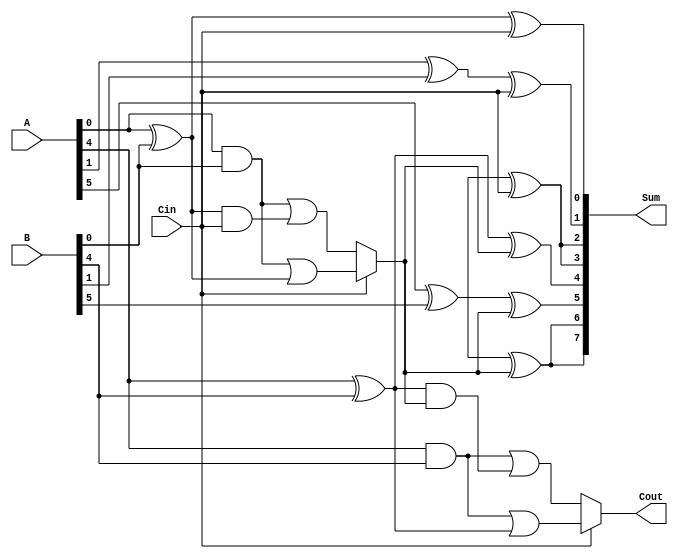
module ConditionalCarrySelectAdder #(parameter N = 8, // Total number of bits
                                      parameter K = 4  // Number of bits per segment
                                     )(
    input  [N-1:0] A,       // First operand
    input  [N-1:0] B,       // Second operand
    input         Cin,      // Carry-in
    output [N-1:0] Sum,     // Sum output
    output        Cout       // Carry-out
);

    localparam M = N / K; // Number of segments

    // Generate and propagate signals
    wire [M-1:0] G[M-1:0]; // Generate signals for each segment
    wire [M-1:0] P[M-1:0]; // Propagate signals for each segment
    wire [M:0] C;          // Carry signals, C[0] = Cin

    genvar i, j;
    
    // Generate and propagate calculation
    generate
        for (i = 0; i < M; i = i + 1) begin: gen_prop
            for (j = 0; j < K; j = j + 1) begin: segment
                assign G[i][j] = A[i*K + j] & B[i*K + j]; // Generate
                assign P[i][j] = A[i*K + j] ^ B[i*K + j]; // Propagate
            end
        end
    endgenerate

    // Carry calculation
    generate
        assign C[0] = Cin; // Initial carry is Cin
        for (i = 0; i < M; i = i + 1) begin: carry_calc
            wire c0, c1; // Carry outputs for Cin = 0 and Cin = 1
            assign c0 = G[i][0] | (P[i][0] & C[i]); // Carry for Cin = 0
            assign c1 = G[i][0] | (P[i][0] & 1'b1); // Carry for Cin = 1
            assign C[i + 1] = (Cin ? c1 : c0); // Select carry based on Cin
        end
    endgenerate

    // Sum calculation
    generate
        for (i = 0; i < M; i = i + 1) begin: sum_calc
            for (j = 0; j < K; j = j + 1) begin: segment_sum
                assign Sum[i*K + j] = P[i][j] ^ C[i]; // Sum calculation
            end
        end
    endgenerate

    assign Cout = C[M]; // Final carry-out

endmodule